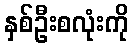
နှစ်ဦးစလုံးကို